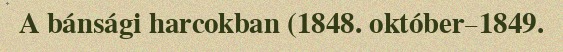
A bánsági harcokban (1848. október–1849.